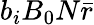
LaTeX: b_{i}B_{0}N\bar{r}